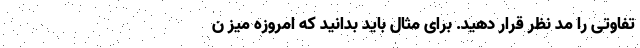
تفاوتی را مد نظر قرار دهید. برای مثال باید بدانید که امروزه میز ن